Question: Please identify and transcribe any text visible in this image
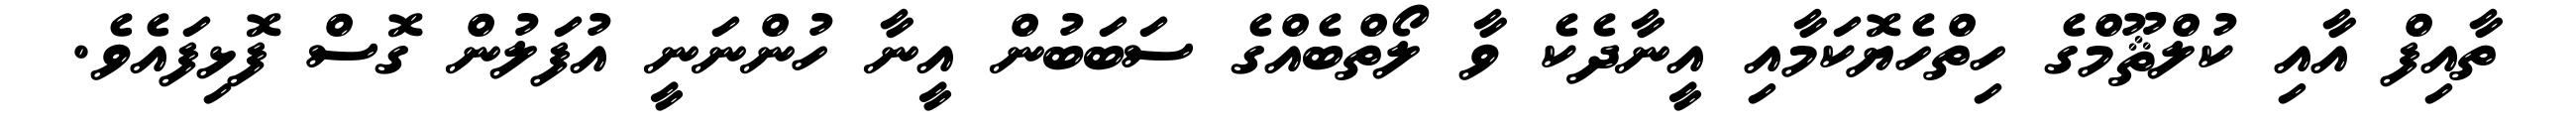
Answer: ތާއިފް އާއި ކުލްޘޫމްގެ ހިތްހެޔޮކަމާއި އީނާދެކެ ވާ ލޯތްބެއްގެ ސަބަބުން އީނާ ހުންނަނީ އުފަލުން ގޮސް ފޮޅިފައެވެ.